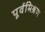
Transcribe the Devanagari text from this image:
पूर्वमिश्रण